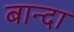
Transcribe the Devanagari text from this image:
बान्दा